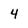
Character: 4